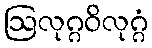
ဩလုဂ္ဂဝိလုဂ္ဂံ